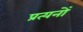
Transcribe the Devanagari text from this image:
प्रत्यनों